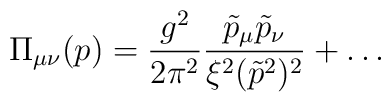
\Pi_{\mu \nu}(p)= \frac{g^2}{2 \pi^2} \frac{\tilde{p}_{\mu}\tilde{p}_{\nu}}{\xi^2(\tilde{p}^2)^2}+ \ldots